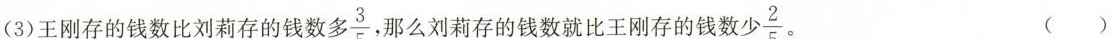
(3)王刚存的钱数比刘莉存的钱数多3 $$\frac{3}{5}$$ 那么刘莉存的钱数就比王刚存的钱数 $$\frac{2}{5}$$ ( )